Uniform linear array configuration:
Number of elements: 8
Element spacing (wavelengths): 0.75
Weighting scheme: blackman
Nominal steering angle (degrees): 45
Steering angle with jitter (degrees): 45.98
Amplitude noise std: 0.05
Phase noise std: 0.05

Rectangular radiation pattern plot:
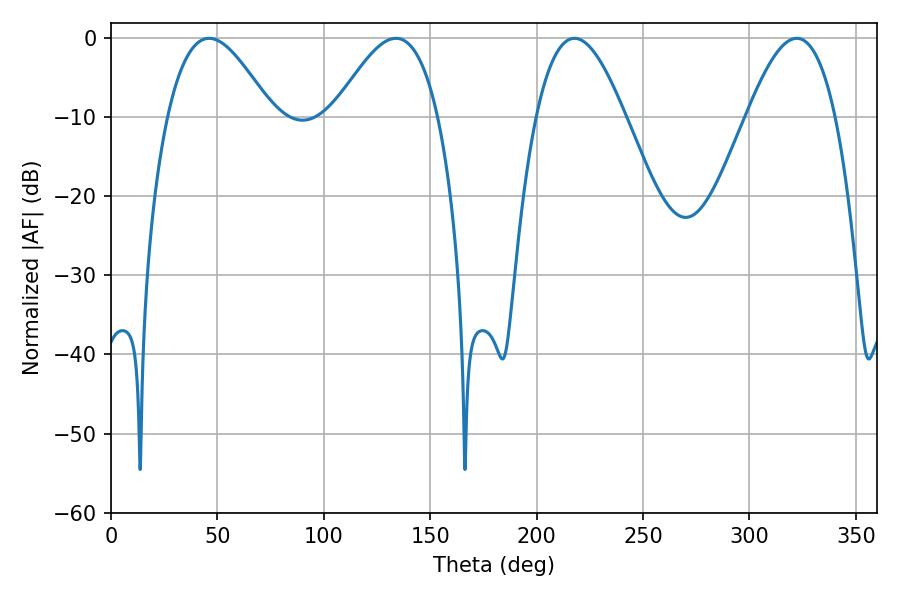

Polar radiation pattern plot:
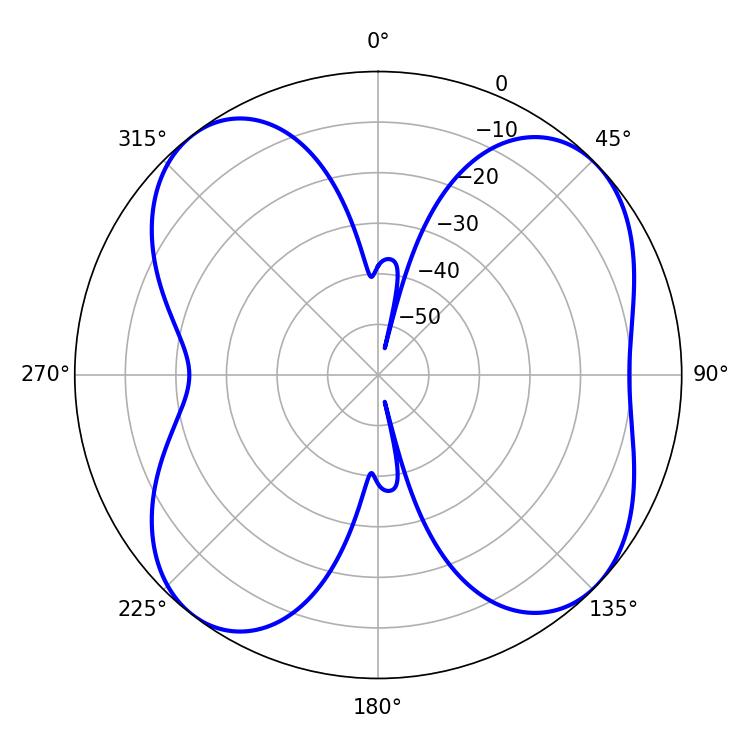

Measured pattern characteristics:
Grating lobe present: TRUE
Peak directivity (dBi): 9.241
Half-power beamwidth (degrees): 22.68
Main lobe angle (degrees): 217.8